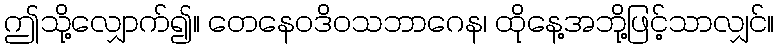
ဤသို့လျှောက်၍။ တေနေဝဒိဝသဘာဂေန၊ ထိုနေ့အဘို့ဖြင့်သာလျှင်။